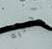
يرتديه